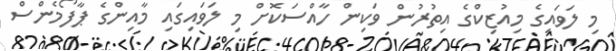
މި ލަވައިގެ މިއުޒިކްގެ އިތުރުން ވަކިން ހާއްސަކޮށް މި ލަވައިގައި މާއިންގެ ޕާފޯމެންސް